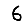
Digit: 6